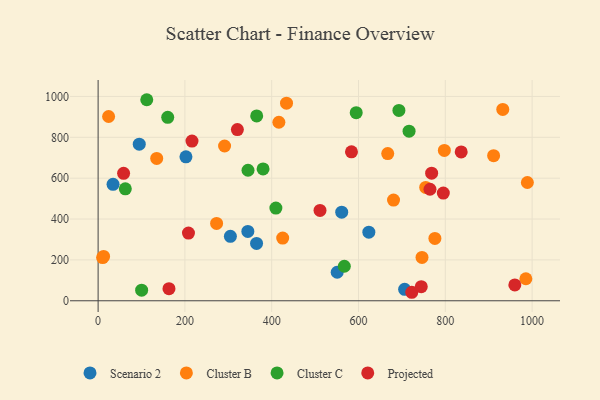
{"axis": {"x": "Ad Spend", "y": "Profit"}, "legend": ["Cluster B", "Cluster C", "Projected", "Scenario 2"], "data": [{"x": "561.3", "y": 433.4, "type": "Scenario 2"}, {"x": "94.8", "y": 766.4, "type": "Scenario 2"}, {"x": "550.9", "y": 139.5, "type": "Scenario 2"}, {"x": "365.1", "y": 280.6, "type": "Scenario 2"}, {"x": "623.8", "y": 335.9, "type": "Scenario 2"}, {"x": "345.0", "y": 339.3, "type": "Scenario 2"}, {"x": "304.8", "y": 315.6, "type": "Scenario 2"}, {"x": "706.3", "y": 56.0, "type": "Scenario 2"}, {"x": "202.4", "y": 704.4, "type": "Scenario 2"}, {"x": "34.4", "y": 569.7, "type": "Scenario 2"}, {"x": "273.0", "y": 378.6, "type": "Cluster B"}, {"x": "680.7", "y": 492.8, "type": "Cluster B"}, {"x": "746.3", "y": 212.0, "type": "Cluster B"}, {"x": "425.3", "y": 306.6, "type": "Cluster B"}, {"x": "135.0", "y": 696.4, "type": "Cluster B"}, {"x": "416.5", "y": 873.6, "type": "Cluster B"}, {"x": "776.0", "y": 305.1, "type": "Cluster B"}, {"x": "989.1", "y": 578.7, "type": "Cluster B"}, {"x": "797.8", "y": 735.6, "type": "Cluster B"}, {"x": "10.4", "y": 211.3, "type": "Cluster B"}, {"x": "291.4", "y": 757.5, "type": "Cluster B"}, {"x": "911.3", "y": 710.1, "type": "Cluster B"}, {"x": "12.6", "y": 216.8, "type": "Cluster B"}, {"x": "985.6", "y": 107.8, "type": "Cluster B"}, {"x": "434.1", "y": 967.1, "type": "Cluster B"}, {"x": "754.8", "y": 554.9, "type": "Cluster B"}, {"x": "667.3", "y": 720.2, "type": "Cluster B"}, {"x": "932.4", "y": 936.4, "type": "Cluster B"}, {"x": "24.2", "y": 901.7, "type": "Cluster B"}, {"x": "409.6", "y": 453.7, "type": "Cluster C"}, {"x": "567.3", "y": 168.9, "type": "Cluster C"}, {"x": "594.7", "y": 920.5, "type": "Cluster C"}, {"x": "693.1", "y": 931.4, "type": "Cluster C"}, {"x": "345.4", "y": 638.8, "type": "Cluster C"}, {"x": "112.1", "y": 983.9, "type": "Cluster C"}, {"x": "380.1", "y": 645.1, "type": "Cluster C"}, {"x": "160.4", "y": 897.7, "type": "Cluster C"}, {"x": "716.5", "y": 830.0, "type": "Cluster C"}, {"x": "365.4", "y": 904.6, "type": "Cluster C"}, {"x": "62.7", "y": 548.0, "type": "Cluster C"}, {"x": "100.3", "y": 51.8, "type": "Cluster C"}, {"x": "722.7", "y": 41.6, "type": "Projected"}, {"x": "163.3", "y": 59.1, "type": "Projected"}, {"x": "768.5", "y": 624.3, "type": "Projected"}, {"x": "216.3", "y": 781.6, "type": "Projected"}, {"x": "960.2", "y": 77.5, "type": "Projected"}, {"x": "744.6", "y": 68.8, "type": "Projected"}, {"x": "511.3", "y": 442.0, "type": "Projected"}, {"x": "320.9", "y": 838.0, "type": "Projected"}, {"x": "208.2", "y": 331.3, "type": "Projected"}, {"x": "836.6", "y": 728.6, "type": "Projected"}, {"x": "764.7", "y": 545.7, "type": "Projected"}, {"x": "583.8", "y": 728.8, "type": "Projected"}, {"x": "58.7", "y": 623.9, "type": "Projected"}, {"x": "795.4", "y": 527.2, "type": "Projected"}]}